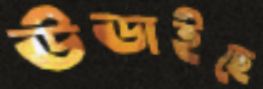
উডাইছে